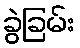
ခွဲခြမ်း